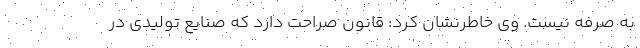
به صرفه نیست. وی خاطرنشان کرد:‌ قانون صراحت دارد که صنایع تولیدی در